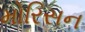
મોરિસન